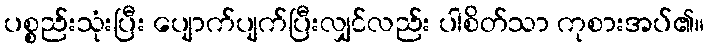
ပစ္စည်းသုံးပြီး ပျောက်ပျက်ပြီးလျှင်လည်း ပါစိတ်သာ ကုစားအပ်၏။